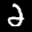
Label: 2